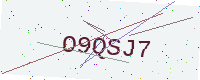
Text: O9QSJ7